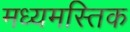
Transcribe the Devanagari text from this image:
मध्यमस्तिक